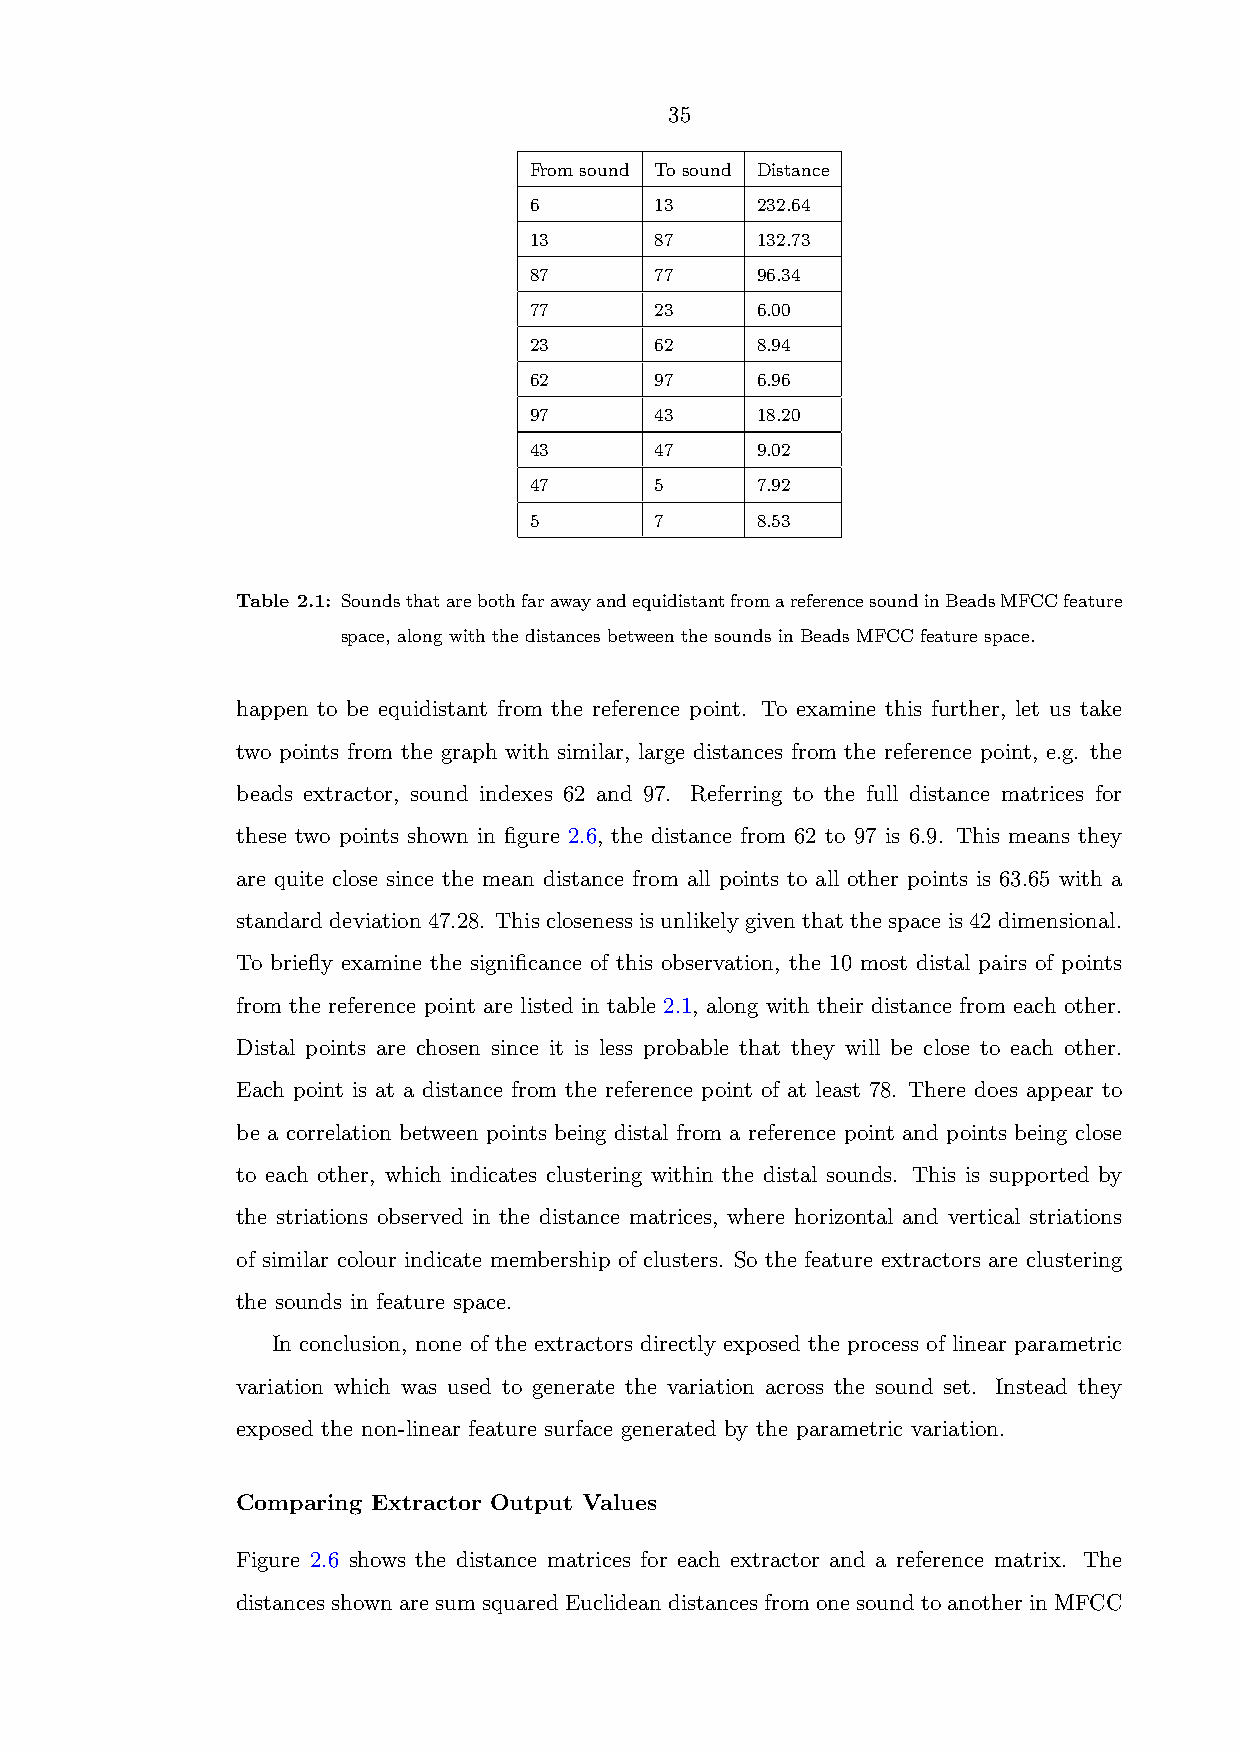
35
 From sound To sound Distance
 6       13     232.64
 13      87     132.73
 87      77     96.34
 77      23     6.00
 23      62     8.94
 62      97     6.96
 97      43     18.20
 43      47     9.02
 47      5      7.92
 5       7      8.53
 Table 2.1: SoundsthatarebothfarawayandequidistantfromareferencesoundinBeadsMFCCfeature
 space, along with the distances between the sounds in Beads MFCC feature space.
 happen to be equidistant from the reference point. To examine this further, let us take
 two points from the graph with similar, large distances from the reference point, e.g. the
 beads extractor, sound indexes 62 and 97. Referring to the full distance matrices for
 these two points shown in figure 2.6, the distance from 62 to 97 is 6.9. This means they
 are quite close since the mean distance from all points to all other points is 63.65 with a
 standarddeviation47.28. Thisclosenessisunlikelygiventhatthespaceis42dimensional.
 To briefly examine the significance of this observation, the 10 most distal pairs of points
 from the reference point are listed in table 2.1, along with their distance from each other.
 Distal points are chosen since it is less probable that they will be close to each other.
 Each point is at a distance from the reference point of at least 78. There does appear to
 be a correlation between points being distal from a reference point and points being close
 to each other, which indicates clustering within the distal sounds. This is supported by
 the striations observed in the distance matrices, where horizontal and vertical striations
 of similar colour indicate membership of clusters. So the feature extractors are clustering
 the sounds in feature space.
 In conclusion, none of the extractors directly exposed the process of linear parametric
 variation which was used to generate the variation across the sound set. Instead they
 exposed the non-linear feature surface generated by the parametric variation.
 Comparing Extractor Output Values
 Figure 2.6 shows the distance matrices for each extractor and a reference matrix. The
 distancesshownaresumsquaredEuclideandistancesfromonesoundtoanotherinMFCC